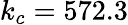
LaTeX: k_{c}=572.3